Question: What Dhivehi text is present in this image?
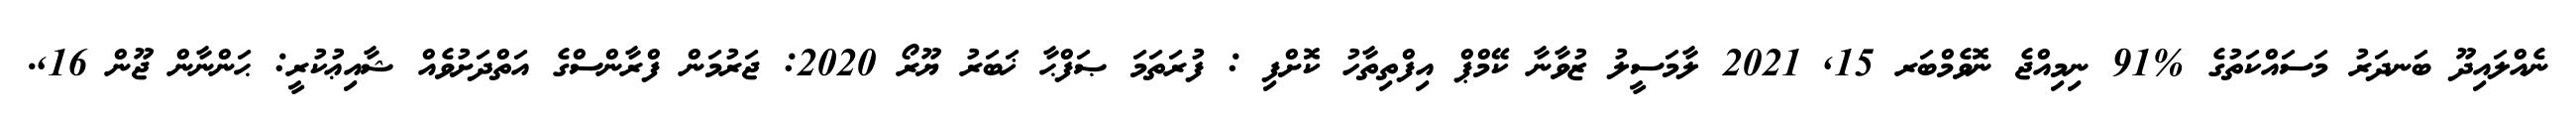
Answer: ނެއްލައިދޫ ބަނދަރު މަސައްކަތުގެ %91 ނިމިއްޖެ ނޮވެމްބަރ 15, 2021 ލާމަސީލު ޒުވާނާ ކޭމްޕް އިފްތިތާހު ކޮށްފި : ފުރަތަމަ ޞަފްޙާ ޚަބަރު ޔޫރޯ 2020: ޖަރުމަން ފްރާންސްގެ އަތްދަށުވެއް ޝާއިޢުކުރީ: ޙަންނާން ޖޫން 16,.